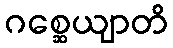
ဂစ္ဆေယျာတိ